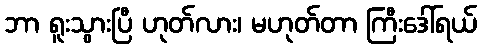
ဘာ ရူးသွားပြီ ဟုတ်လား၊ မဟုတ်တာ ကြီးဒေါ်ရယ်